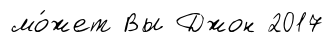
мо́жет Вы Джон 2017